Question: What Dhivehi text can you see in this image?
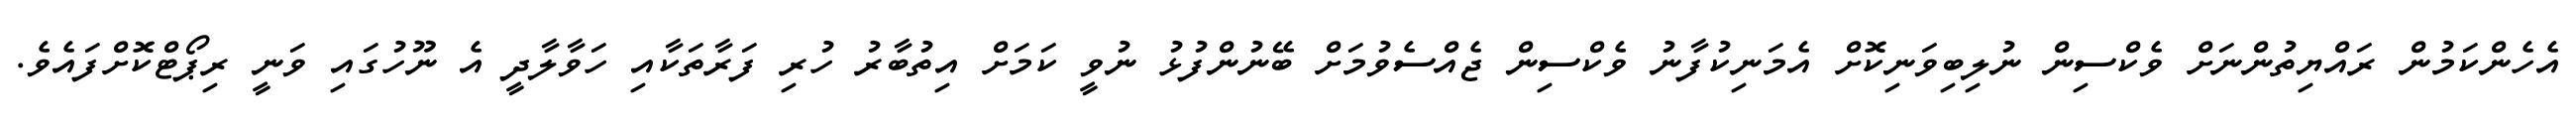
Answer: އެހެންކަމުން ރައްޔިތުންނަށް ވެކްސިން ނުލިބިވަނިކޮށް އެމަނިކުފާނު ވެކްސިން ޖެއްސެވުމަށް ބޭނުންފުޅު ނުވީ ކަމަށް އިތުބާރު ހުރި ފަރާތަކާއި ހަވާލާދީ އެ ނޫހުގައި ވަނީ ރިޕޯޓްކޮށްފައެވެ.